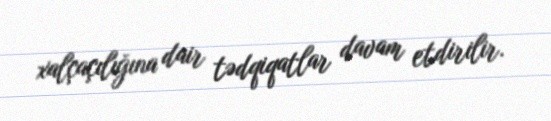
xalçaçılığına dair tədqiqatlar davam etdirilir.